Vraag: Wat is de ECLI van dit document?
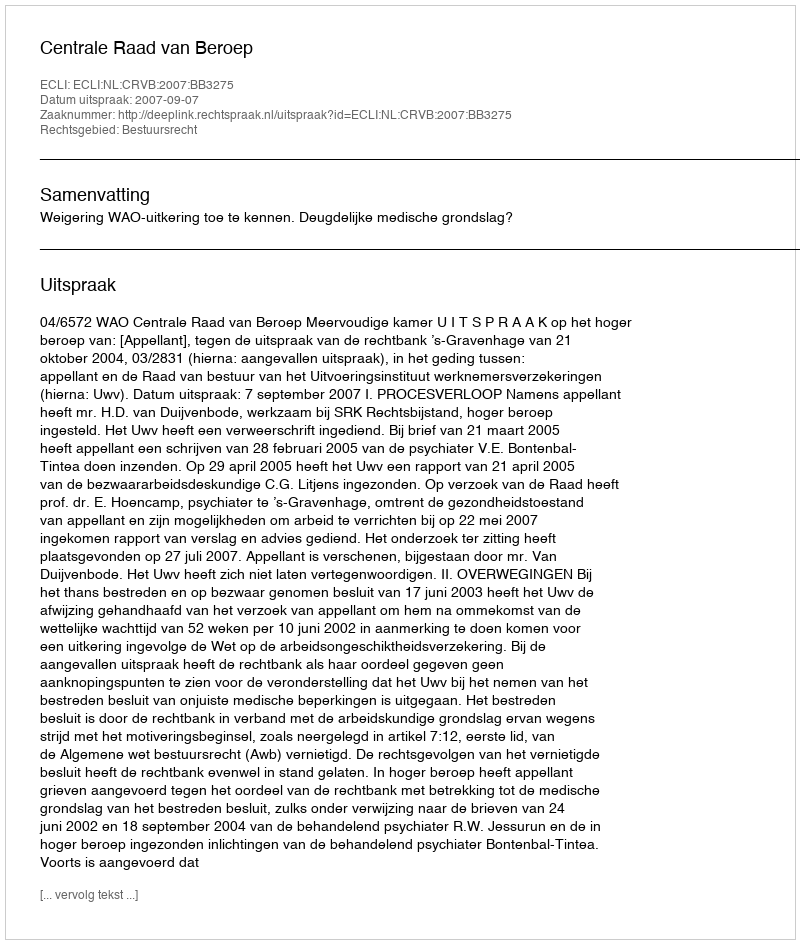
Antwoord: ECLI:NL:CRVB:2007:BB3275